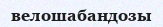
велошабандозы